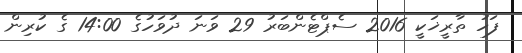
ފަހު ތާރީޚަކީ 2016 ސެޕްޓެންބަރު 29 ވަނަ ދުވަހުގެ 14:00 ގެ ކުރިން